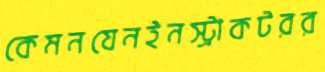
কেমনযেনইনস্ট্রাকটরর